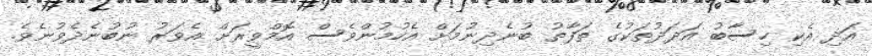
އަދި އެކި ހިސާބު އަދަދުތަކުގެ ތަފާތު ބުނެދިނުމަށް އެހުމުންވެސް އޮމްވީރަށް އެވަރު ނުބުނެދެވުނެވެ.